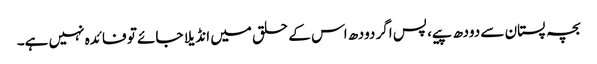
بچہ پستان سے دودھ پیے، پس اگر دودھ اس کے حلق میں انڈیلا جائے تو فائدہ نہیں ہے۔